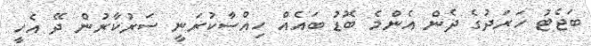
ބަޖެޓު ހަރަދުގެ ދެން އެންމެ ބޮޑު ބައެއް ހިއްސާކުރަނީ ސަރުކާރުން ދޭ އެހީ